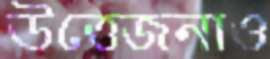
উত্তেজনাও